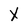
Character: X